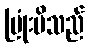
ပြုံးမိသည်